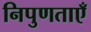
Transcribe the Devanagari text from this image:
निपुणताएँ